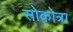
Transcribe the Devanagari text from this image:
सोकोत्रा